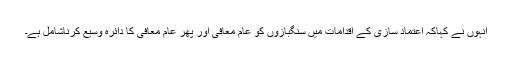
انہوں نے کہاکہ اعتماد سازی کے اقدامات میں سنگبازوں کو عام معافی اور پھر عام معافی کا دائرہ وسیع کرناشامل ہے۔